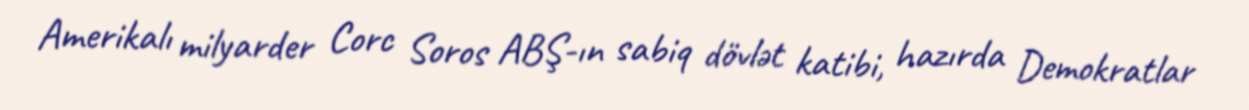
Amerikalı milyarder Corc Soros ABŞ-ın sabiq dövlət katibi, hazırda Demokratlar